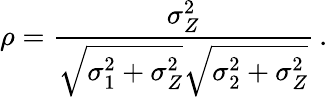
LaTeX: \rho=\frac{\sigma_{Z}^{2}}{\sqrt{\sigma_{1}^{2}+\sigma_{Z}^{2}}\sqrt{\sigma_{2}^{2}+\sigma_{Z}^{2}}}\, .